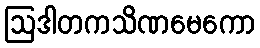
ဩဒါတကသိဏမေကော